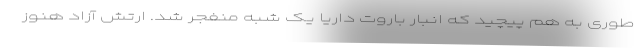
طوری به هم پیچید که انبار باروت داریا یک شبه منفجر شد. ارتش آزاد هنوز